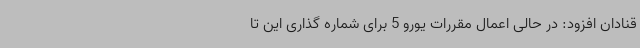
قنادان افزود: در حالی اعمال مقررات یورو 5 برای شماره گذاری این تا